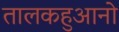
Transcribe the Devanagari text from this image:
तालकहुआनो